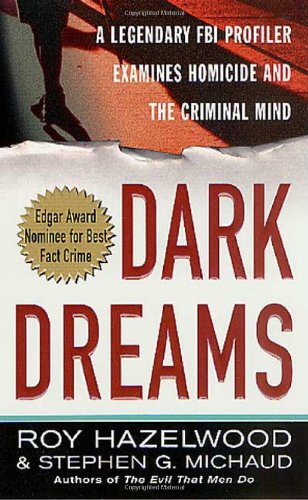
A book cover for Dark Dreams: A Legendary FBI Profiler Examines  Homicide and the Criminal Mind; Roy Hazelwood; Medical Books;